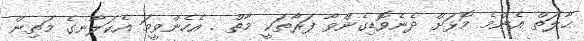
ޙާލަތް އެންމެ މޮޅަށް ދެނެވޮޑިގެންވާ ފަރާތަކީ މާތް . އެހެންވީމަ އެކަލާނގެ މަތިން